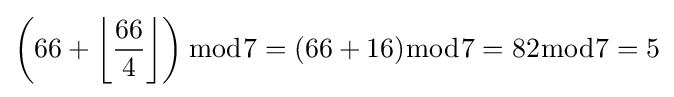
\left(66+\left\lfloor {\frac {66}{4}}\right\rfloor \right){\bmod {7}}=(66+16){\bmod {7}}=82{\bmod {7}}=5